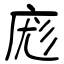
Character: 庬